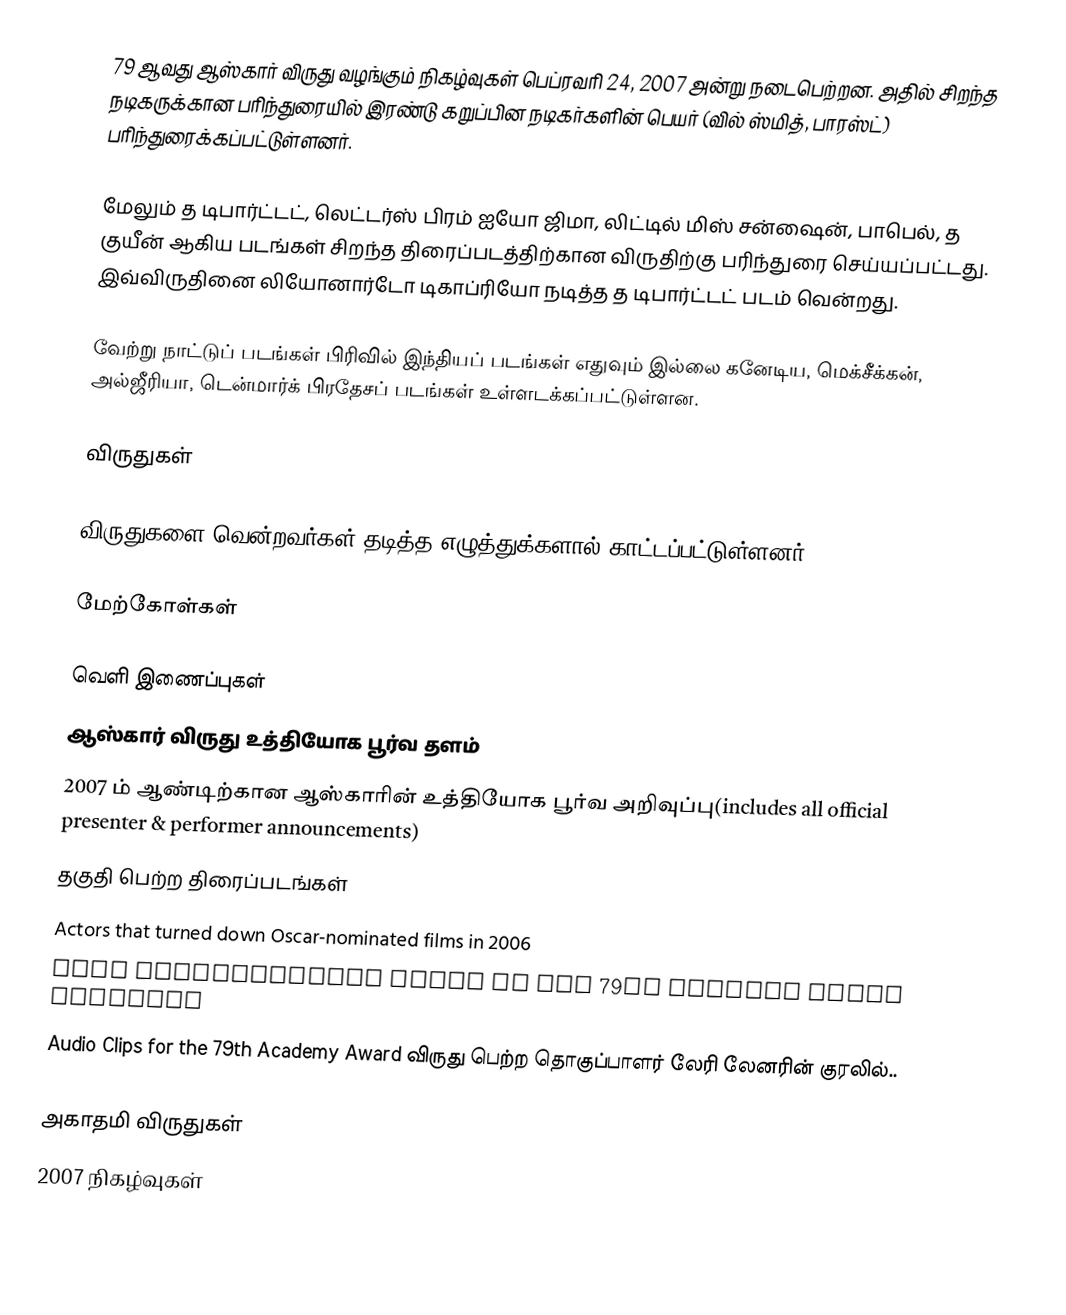
79 ஆவது ஆஸ்கார் விருது வழங்கும் நிகழ்வுகள் பெப்ரவரி 24, 2007 அன்று நடைபெற்றன. அதில் சிறந்த நடிகருக்கான பரிந்துரையில் இரண்டு கறுப்பின நடிகர்களின் பெயர் (வில் ஸ்மித், பாரஸ்ட்) பரிந்துரைக்கப்பட்டுள்ளனர்.

மேலும் த டிபார்ட்டட், லெட்டர்ஸ் பிரம் ஐயோ ஜிமா, லிட்டில் மிஸ் சன்ஷைன், பாபெல், த குயீன் ஆகிய படங்கள் சிறந்த திரைப்படத்திற்கான விருதிற்கு பரிந்துரை செய்யப்பட்டது. இவ்விருதினை லியோனார்டோ டிகாப்ரியோ நடித்த த டிபார்ட்டட் படம் வென்றது.

வேற்று நாட்டுப் படங்கள் பிரிவில் இந்தியப் படங்கள் எதுவும் இல்லை கனேடிய, மெக்சீக்கன், அல்ஜீரியா, டென்மார்க் பிரதேசப் படங்கள் உள்ளடக்கப்பட்டுள்ளன.

விருதுகள்

விருதுகளை வென்றவர்கள் தடித்த எழுத்துக்களால் காட்டப்பட்டுள்ளனர்.

மேற்கோள்கள்

வெளி இணைப்புகள்
 ஆஸ்கார் விருது உத்தியோக பூர்வ தளம்
 2007 ம் ஆண்டிற்கான ஆஸ்காரின் உத்தியோக பூர்வ அறிவுப்பு(includes all official presenter & performer announcements)
தகுதி பெற்ற திரைப்படங்கள்
Actors that turned down Oscar-nominated films in 2006
Name Pronunciation Guide to the 79th Academy Award Nominees
 Audio Clips for the 79th Academy Award விருது பெற்ற தொகுப்பாளர் லேரி லேனரின் குரலில்..

அகாதமி விருதுகள்
2007 நிகழ்வுகள்